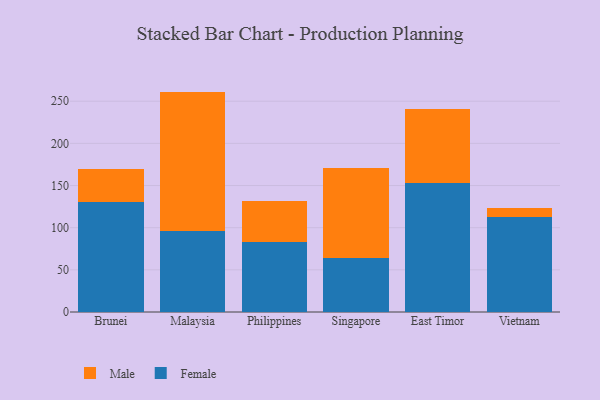
{"axis": {"x": "Country", "y": "Operating Costs (USD K)"}, "legend": ["Female", "Male"], "data": [{"x": "Brunei", "y": 130.5, "type": "Female"}, {"x": "Brunei", "y": 39.5, "type": "Male"}, {"x": "Malaysia", "y": 96.0, "type": "Female"}, {"x": "Malaysia", "y": 165.4, "type": "Male"}, {"x": "Philippines", "y": 83.3, "type": "Female"}, {"x": "Philippines", "y": 48.3, "type": "Male"}, {"x": "Singapore", "y": 64.0, "type": "Female"}, {"x": "Singapore", "y": 106.7, "type": "Male"}, {"x": "East Timor", "y": 152.8, "type": "Female"}, {"x": "East Timor", "y": 87.9, "type": "Male"}, {"x": "Vietnam", "y": 112.7, "type": "Female"}, {"x": "Vietnam", "y": 10.4, "type": "Male"}]}